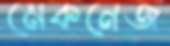
মেকনেজ